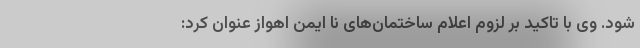
شود. وی با تاکید بر لزوم اعلام ساختمان‌های نا ایمن اهواز عنوان کرد: